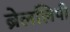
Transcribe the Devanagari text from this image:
ब्रेललिपी